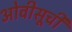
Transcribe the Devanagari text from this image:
ओवीसूची